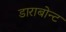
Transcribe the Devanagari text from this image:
डाराबोन्ट